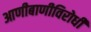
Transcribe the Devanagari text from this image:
आणीबाणीविरोधी